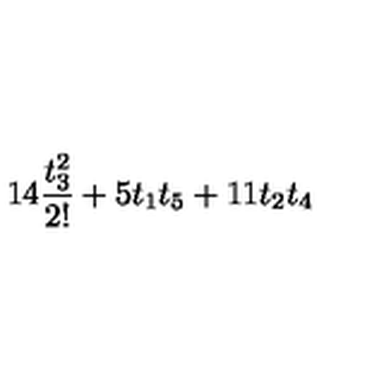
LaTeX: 1 4 \frac { t _ { 3 } ^ { 2 } } { 2 ! } + 5 t _ { 1 } t _ { 5 } + 1 1 t _ { 2 } t _ { 4 }